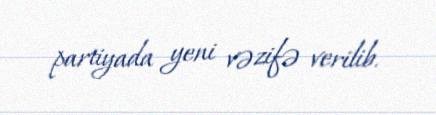
partiyada yeni vəzifə verilib.